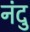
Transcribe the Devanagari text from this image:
नंदु